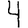
Digit: 4